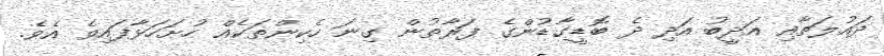
ދައުލަތާއި އަދީބު އަދި ދެ ބޮޑީގާޑުންގެ ފަރާތުން ގިނަ ހެކިންތަކެއް ހުށަހަޅާފައިވެ އެވެ.